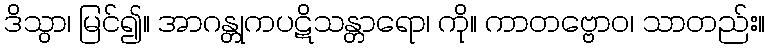
ဒိသွာ၊ မြင်၍။ အာဂန္တုကပဋိသန္တာရော၊ ကို။ ကာတဗ္ဗောဝ၊ သာတည်း။